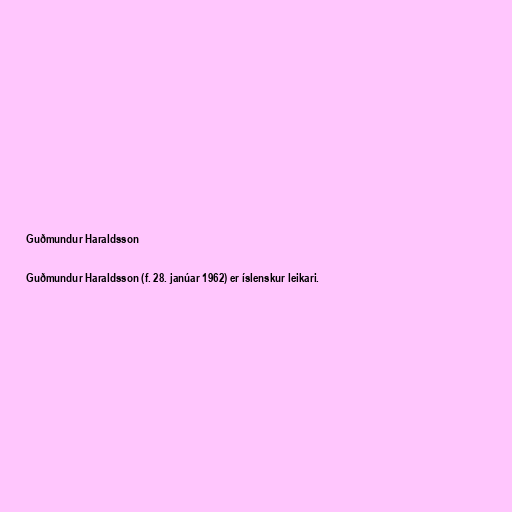
Guðmundur Haraldsson

Guðmundur Haraldsson (f. 28. janúar 1962) er íslenskur leikari.